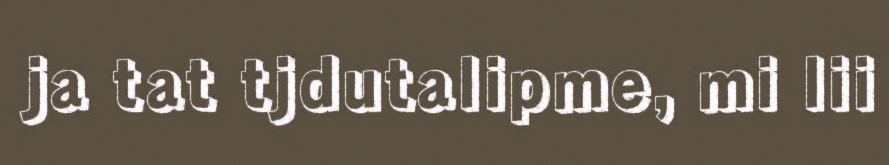
ja tat tjdutalipme, mi lii